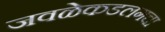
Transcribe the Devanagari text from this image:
जवळेकडलगचा